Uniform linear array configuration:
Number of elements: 12
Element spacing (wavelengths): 1
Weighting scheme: exponential
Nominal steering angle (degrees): -45
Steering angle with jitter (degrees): -44.337
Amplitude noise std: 0.05
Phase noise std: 0.05

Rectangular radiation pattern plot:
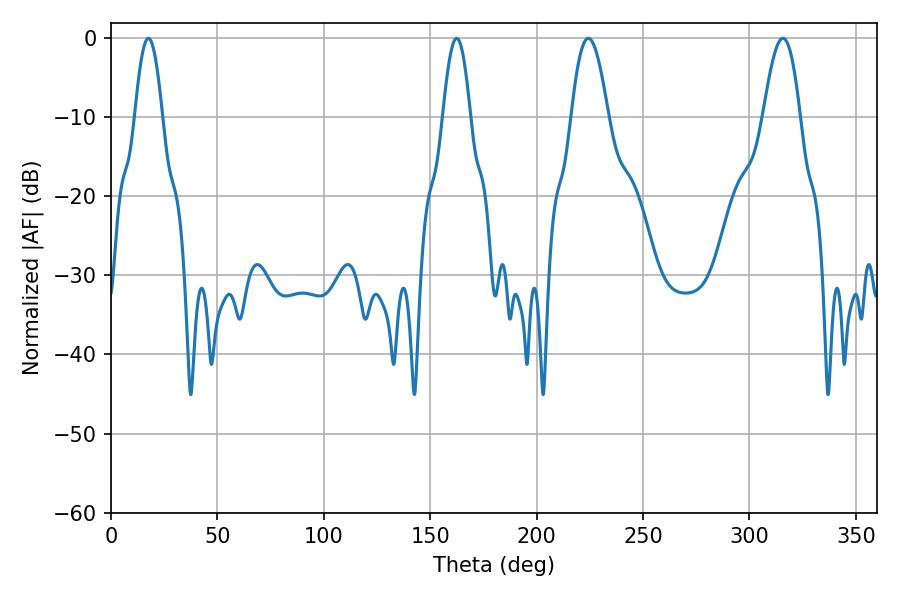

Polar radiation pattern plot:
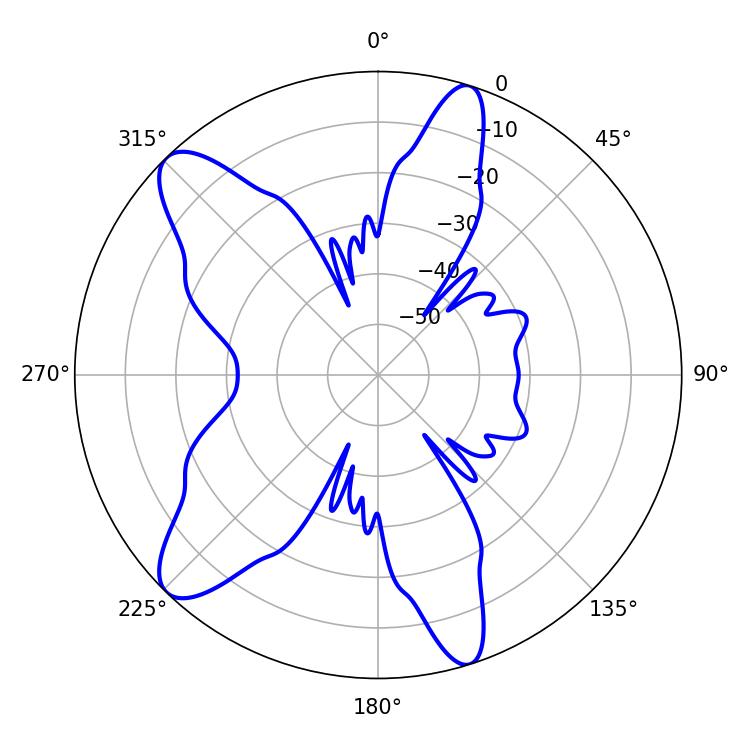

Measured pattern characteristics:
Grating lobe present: TRUE
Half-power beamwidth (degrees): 9.36
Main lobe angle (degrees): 224.28